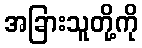
အခြားသူတို့ကို